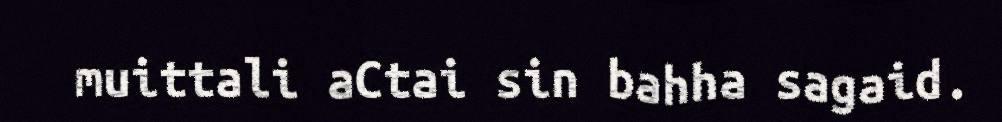
muittali aCtai sin bahha sagaid.